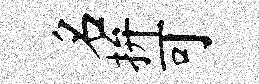
名拚可